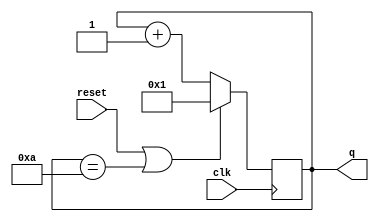
module top_module (
    input clk,
    input reset,
    output [3:0] q);
    
    always @(posedge clk)
        q <= reset || (q==4'd10) ? 4'd1 : q+1;

endmodule